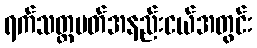
ရက်သတ္တပတ်အနည်းငယ်အတွင်း